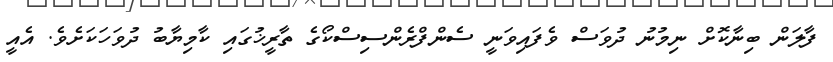
ފާލަން ބިނާކޮށް ނިމުނު ދުވަސް ވެފައިވަނީ ސެންފްރެންސިސްކޯގެ ތާރީޚުގައި ކާމިޔާބު ދުވަހަކަށެވެ. އެއީ